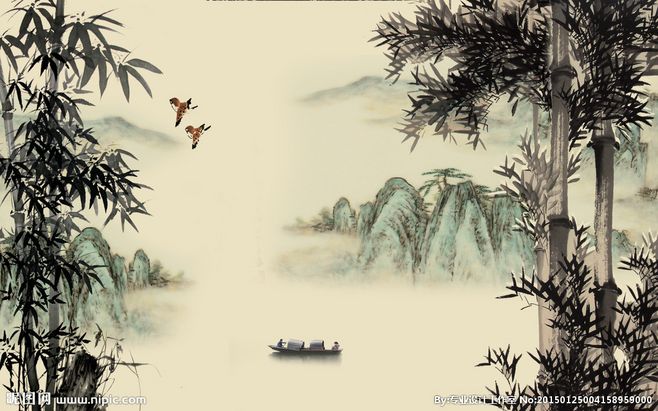
咬定青山不放松，立根原在破岩中。